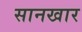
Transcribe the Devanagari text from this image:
सानखार